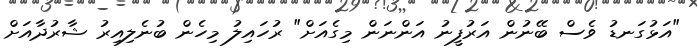
"އަޅުގަނޑު ވެސް ބޭނުން އަރުފީނު އަންނަން މިގެއަށް" ރުހައިލު މިހެން ބުނެލިއިރު ޝާރުދާއަށް